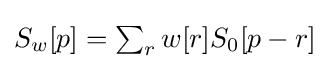
{\textstyle S_{w}[p]=\sum _{r}w[r]S_{0}[p-r]}